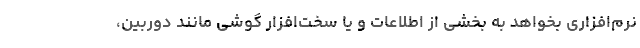
نرم‌افزاری بخواهد به بخشی از اطلاعات و یا سخت‌افزار گوشی مانند دوربین،